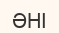
ӘНІ